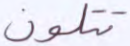
تتلون